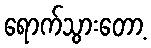
ရောက်သွားတော့